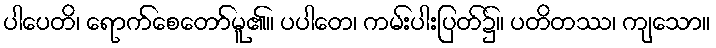
ပါပေတိ၊ ရောက်စေတော်မူ၏။ ပပါတေ၊ ကမ်းပါးပြတ်၌။ ပတိတဿ၊ ကျသော။